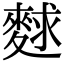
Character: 𪌵